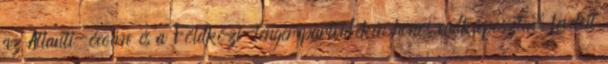
az Atlanti-óceán és a Földközi-tenger partvidékén honos vadkáposzta. Leveleit